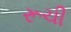
રૂચી